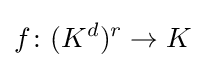
f\colon (K^{d})^{r}\to K